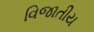
વિજાતીય